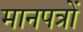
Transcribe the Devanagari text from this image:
मानपत्रों